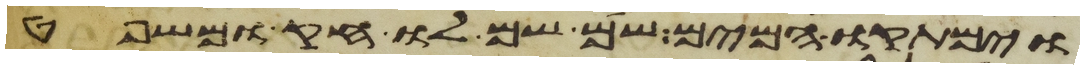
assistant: וימתקו המים שם שם לו חק ומשפט